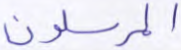
المرسلون